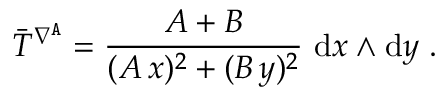
\bar { T } ^ { \nabla ^ { \mathtt { A } } } = \frac { A + B } { ( A \, x ) ^ { 2 } + ( B \, y ) ^ { 2 } } \ \mathrm { d } x \wedge \mathrm { d } y \ .